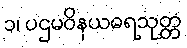
၁၊ ပဌမဝိနယဓရသုတ္တ